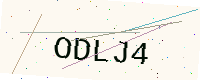
Text: ODLJ4